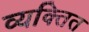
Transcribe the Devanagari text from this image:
व्यक्तित